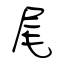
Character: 尾